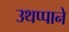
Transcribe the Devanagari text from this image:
उथप्पाने